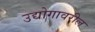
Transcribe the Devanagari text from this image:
उद्योगावरील